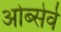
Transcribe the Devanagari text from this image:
ओब्सेर्व